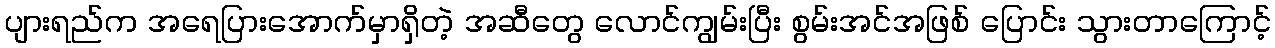
ပျားရည်က အရေပြားအောက်မှာရှိတဲ့ အဆီတွေ လောင်ကျွမ်းပြီး စွမ်းအင်အဖြစ် ပြောင်း သွားတာကြောင့်